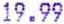
19.99